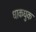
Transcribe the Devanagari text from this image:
धाकधुक